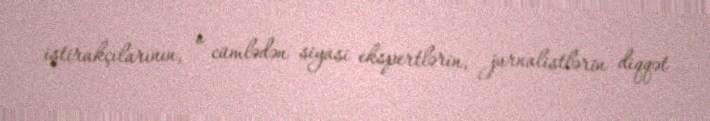
iştirakçılarının, o cümlədən siyasi ekspertlərin, jurnalistlərin diqqət